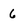
Character: 6